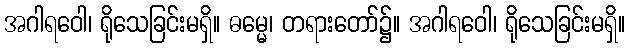
အဂါရဝေါ၊ ရိုသေခြင်းမရှိ။ ဓမ္မေ၊ တရားတော်၌။ အဂါရဝေါ၊ ရိုသေခြင်းမရှိ။